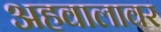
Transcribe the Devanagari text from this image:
अहवालावर